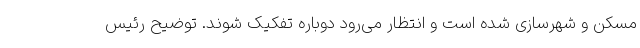
مسکن و شهرسازی شده است و انتظار می‌رود دوباره تفکیک شوند. توضیح رئیس